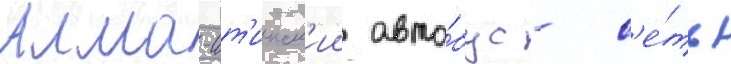
Алма-ат'инск'ии авто́бус - с'е́ть